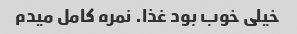
خیلی خوب بود غذا. نمره کامل میدم